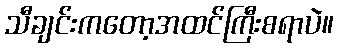
သီချင်းကတော့အထင်ကြီးစရာပဲ။